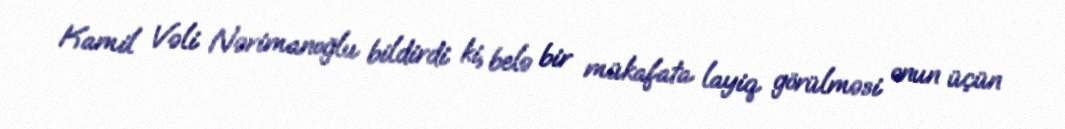
Kamil Vəli Nərimanoğlu bildirdi ki, belə bir mükafata layiq görülməsi onun üçün